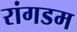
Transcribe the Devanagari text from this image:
रांगडम